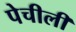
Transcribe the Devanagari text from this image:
पेचीली